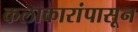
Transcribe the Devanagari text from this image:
कलाकारांपासून